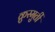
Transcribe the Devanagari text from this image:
क्रुस्मुर्ती